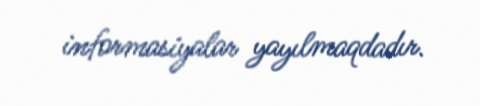
informasiyalar yayılmaqdadır.